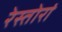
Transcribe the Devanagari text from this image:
रेस्तोरां